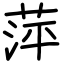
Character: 萍